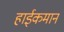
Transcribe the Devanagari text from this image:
हाईकमान